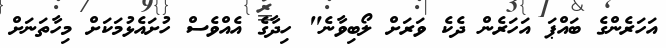
އަހަރެންގެ ބައްޕަ އަހަރެން ދެކެ ވަަރަށް ލޯބިވާނެ" ހިދާގެ އެއްވެސް ހުށައެޅުމަކަށް މިހާތަނަށް